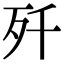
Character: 歼